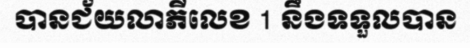
បានជ័យលាភីលេខ 1 នឹងទទួលបាន